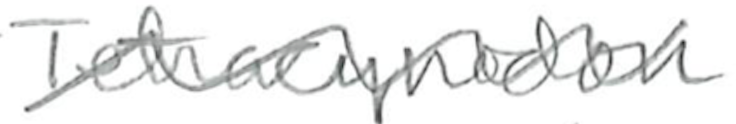
Text: Tetracynodon
Cross-out: wave
Writing tool: pencil